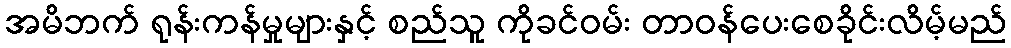
အမိဘက် ရုန်းကန်မှုများနှင့် စည်သူ ကိုခင်ဝမ်း တာဝန်ပေးစေခိုင်းလိမ့်မည်